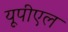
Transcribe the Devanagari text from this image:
यूपीएल